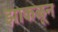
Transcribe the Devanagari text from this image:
झाकळून